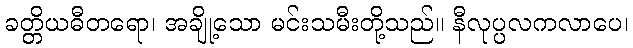
ခတ္တိယဓီတရော၊ အချို့သော မင်းသမီးတို့သည်။ နီလုပ္ပလကလာပေ၊